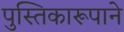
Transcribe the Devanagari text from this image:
पुस्तिकारूपाने